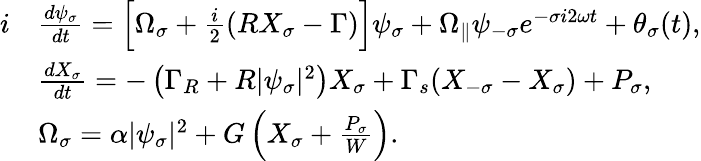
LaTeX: \begin{array}{rl}{i}&{\frac{d\psi_{\sigma}}{dt}=\Big[\Omega_{\sigma}+\frac{i}{2}\left(RX_{\sigma}-\Gamma\right)\Big]\psi_{\sigma}+\Omega_{\parallel}\psi_{-\sigma}e^{-\sigma i2\omega t}+\theta_{\sigma}(t),}\\ &{\frac{dX_{\sigma}}{dt}=-\left(\Gamma_{R}+R\lvert\psi_{\sigma}\rvert^{2}\right)X_{\sigma}+\Gamma_{s}(X_{-\sigma}-X_{\sigma})+P_{\sigma},}\\ &{\Omega_{\sigma}=\alpha\lvert\psi_{\sigma}\rvert^{2}+G\left(X_{\sigma}+\frac{P_{\sigma}}{W}\right).}\end{array}